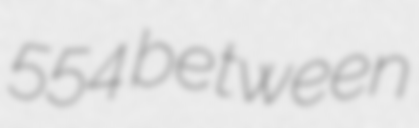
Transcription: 554 between